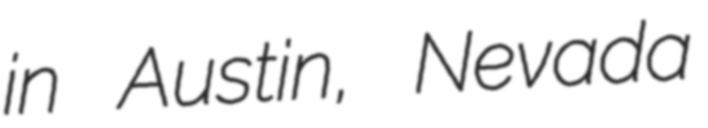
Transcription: in Austin, Nevada